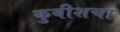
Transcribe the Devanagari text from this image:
कुबीशचा